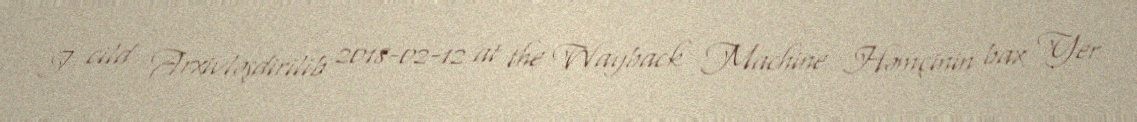
I cild Arxivləşdirilib 2018-02-12 at the Wayback Machine Həmçinin bax Yer